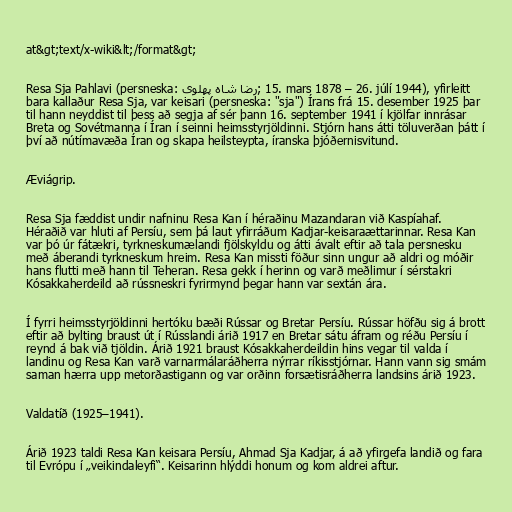
at&gt;text/x-wiki&lt;/format&gt;

Resa Sja Pahlavi (persneska: رضا شاه پهلوی‎; 15. mars 1878 – 26. júlí 1944), yfirleitt
bara kallaður Resa Sja, var keisari (persneska: "sja") Írans frá 15. desember 1925 þar
til hann neyddist til þess að segja af sér þann 16. september 1941 í kjölfar innrásar
Breta og Sovétmanna í Íran í seinni heimsstyrjöldinni. Stjórn hans átti töluverðan þátt í
því að nútímavæða Íran og skapa heilsteypta, íranska þjóðernisvitund.

Æviágrip.

Resa Sja fæddist undir nafninu Resa Kan í héraðinu Mazandaran við Kaspíahaf.
Héraðið var hluti af Persíu, sem þá laut yfirráðum Kadjar-keisaraættarinnar. Resa Kan
var þó úr fátækri, tyrkneskumælandi fjölskyldu og átti ávalt eftir að tala persnesku
með áberandi tyrkneskum hreim. Resa Kan missti föður sinn ungur að aldri og móðir
hans flutti með hann til Teheran. Resa gekk í herinn og varð meðlimur í sérstakri
Kósakkaherdeild að rússneskri fyrirmynd þegar hann var sextán ára.

Í fyrri heimsstyrjöldinni hertóku bæði Rússar og Bretar Persíu. Rússar höfðu sig á brott
eftir að bylting braust út í Rússlandi árið 1917 en Bretar sátu áfram og réðu Persíu í
reynd á bak við tjöldin. Árið 1921 braust Kósakkaherdeildin hins vegar til valda í
landinu og Resa Kan varð varnarmálaráðherra nýrrar ríkisstjórnar. Hann vann sig smám
saman hærra upp metorðastigann og var orðinn forsætisráðherra landsins árið 1923.

Valdatíð (1925–1941).

Árið 1923 taldi Resa Kan keisara Persíu, Ahmad Sja Kadjar, á að yfirgefa landið og fara
til Evrópu í „veikindaleyfi“. Keisarinn hlýddi honum og kom aldrei aftur.